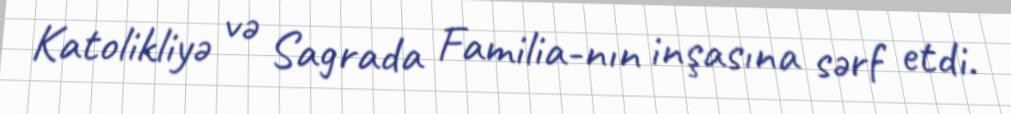
Katolikliyə və Sagrada Familia-nın inşasına sərf etdi.